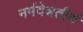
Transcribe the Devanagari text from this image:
नर्मदेशतीर्थ